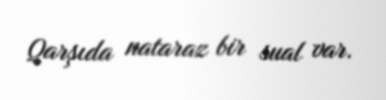
Qarşıda nataraz bir sual var.